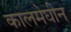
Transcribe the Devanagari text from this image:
कालमेघीन